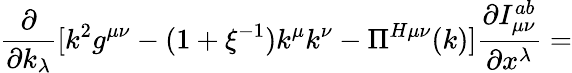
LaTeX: \frac{\partial}{\partial k_{\lambda}}[k^{2}g^{\mu\nu}-(1+\xi^{-1})k^{\mu}k^{\nu}-\Pi^{H\mu\nu}(k)]\frac{\partial I_{\mu\nu}^{ab}}{\partial x^{\lambda}}=